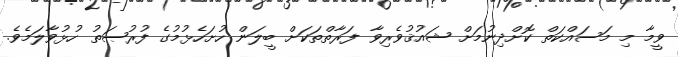
ވީމާ މި މަސައްކަތް ކޮށްދިނުމަށް ޝައުޤުވެރިވާ ފަރާތްތަކަށް ބީލަން ހުށަހެޅުމުގެ ފުރުޞަތު ހުޅުވާލަމެވެ.